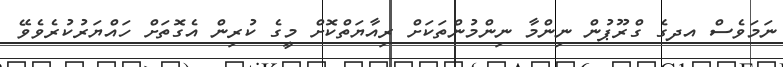
ނަމަވެސް އދގެ ގްރޫޕުން ނިންމާ ނިންމުންތަކަށް ރިއާޔަތްކޮށް މީގެ ކުރިން އެގޮތަށް ހައްޔަރުކުރެވެވޭ